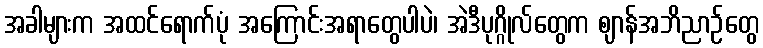
အခါများက အထင်ရောက်ပုံ အကြောင်းအရာတွေပါပဲ၊ အဲဒီပုဂ္ဂိုလ်တွေက ဈာန်အဘိညာဉ်တွေ